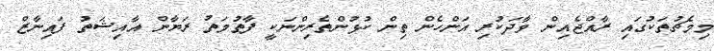
މިމެޗުތަކުގައި ރާއްޖެއިން ވާދަކުރި އަންހެން ތިން ކުޅުންތެރިންނަކީ ފާތުމަތު ރަޔާން އާއިޝަތު ފައިނާޒް